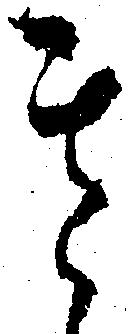
其